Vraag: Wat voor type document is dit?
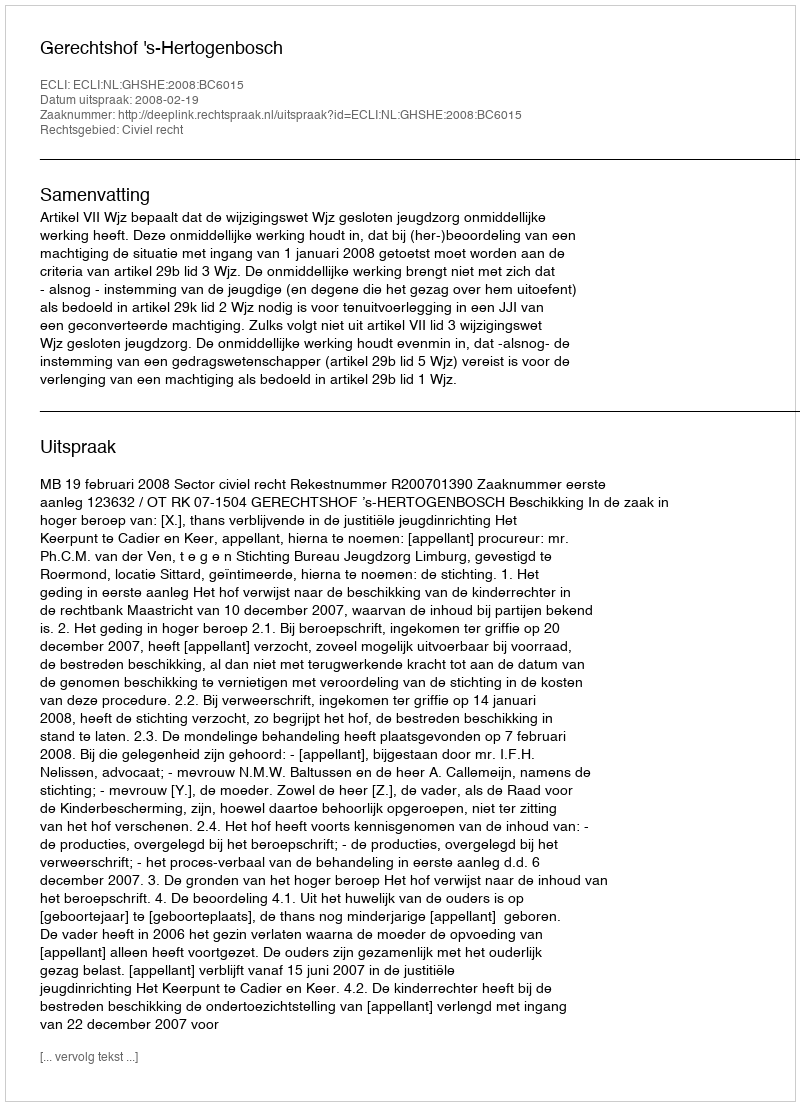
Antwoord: Uitspraak